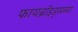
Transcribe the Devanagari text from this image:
फायब्रॉइड्सच्या